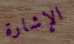
الإشارة